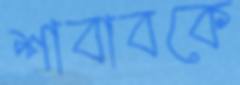
শাবাবকে